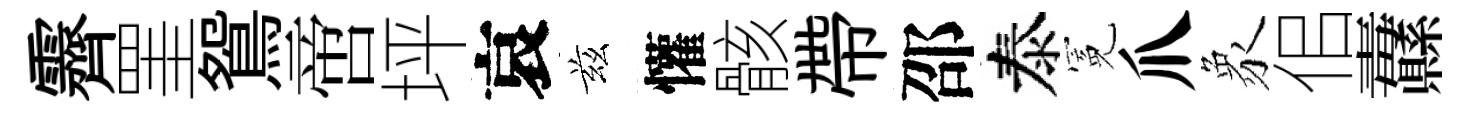
霽罣鴛啻坪哀兹懽骸帶邵泰冕爪象佀纛